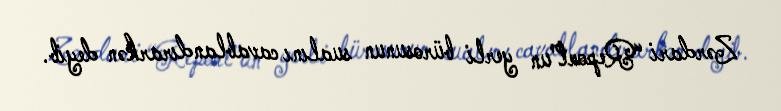
Zərdari “Report”un yerli bürosunun sualını cavablandırarkən deyib.